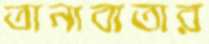
তানাবাতার